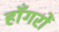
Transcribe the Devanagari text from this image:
हाँगरों